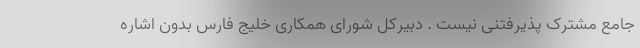
جامع مشترک پذیرفتنی نیست . دبیرکل شورای همکاری خلیج فارس بدون اشاره